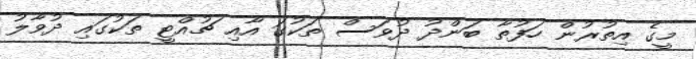
މީގެ އިތުރުން ހަފުތާ ބަންދު ދުވަސް ތަކުގަ އާއި ޗުއްޓީ ތަކުގައި ދުވާލު